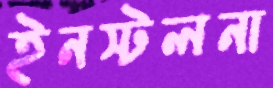
ইনস্টলনা